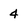
Character: 4